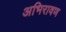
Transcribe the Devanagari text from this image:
अभिरावण